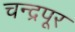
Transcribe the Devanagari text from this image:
चन्द्रपूर